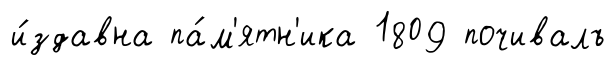
и́здавна па́м'ятн'ика 1809 почивалъ